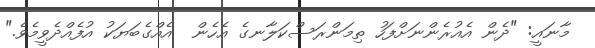
މާނައީ: "ދެން އެއުރެންނަށްފަހު ތިމަންރަސްކަލާނގެ އެހެން  އެއްގެބަޔަކު އުފެއްދެވީމެވެ."